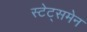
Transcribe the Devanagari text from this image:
स्‍टेट्समेन